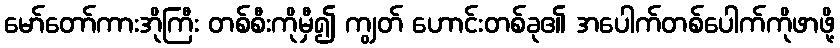
မော်တော်ကားအိုကြီး တစ်စီးကိုမှီ၍ ကျွတ် ဟောင်းတစ်ခု၏ အပေါက်တစ်ပေါက်ကိုဖာဖို့